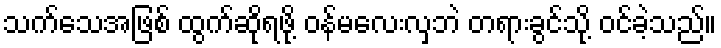
သက်သေအဖြစ် ထွက်ဆိုရဖို့ ဝန်မလေးလှဘဲ တရားခွင်သို့ ဝင်ခဲ့သည်။